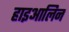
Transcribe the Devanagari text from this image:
हाइआलिन